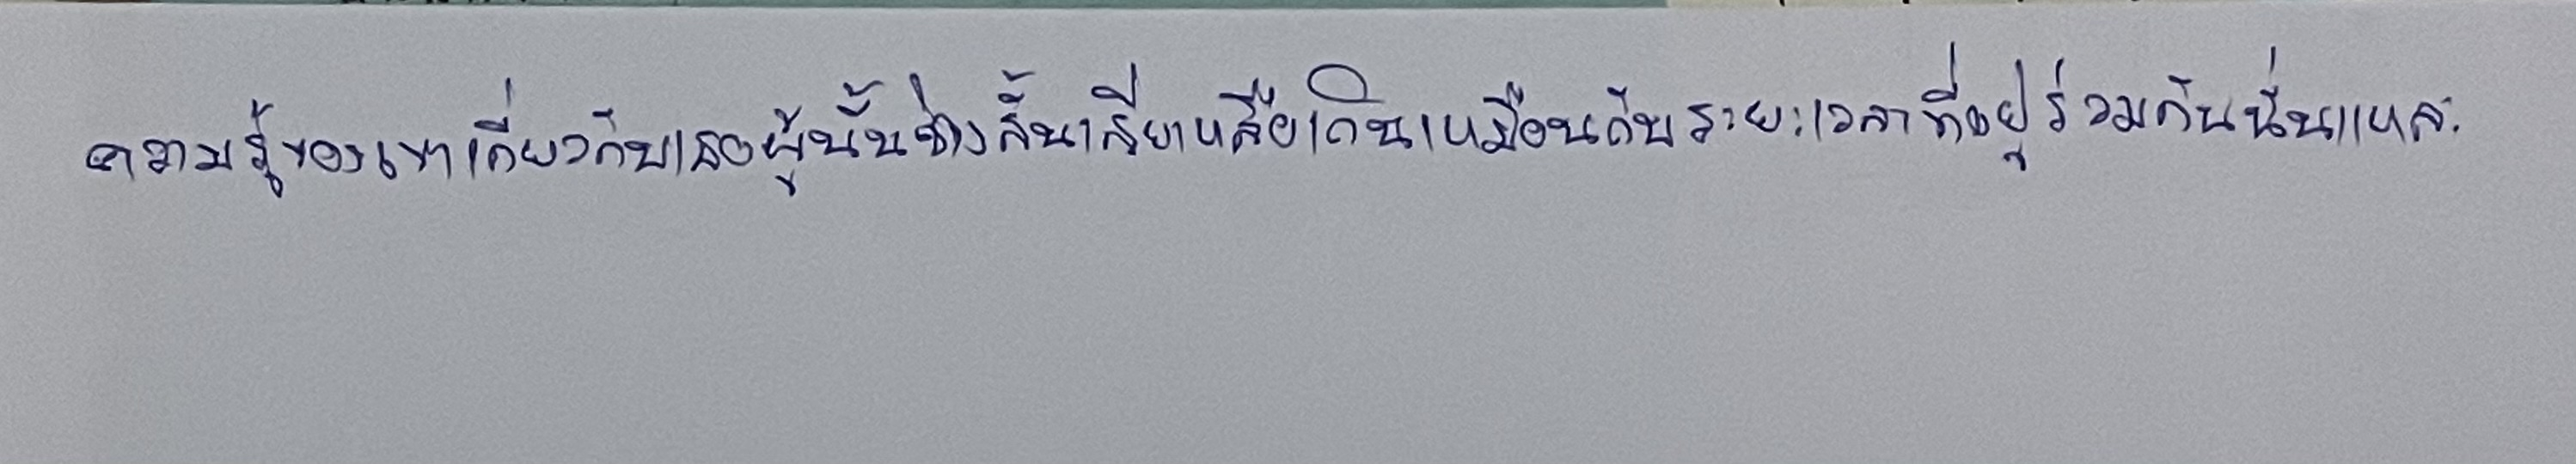
ความรู้ของเขาเกี่ยวกับเธอผู้นั้นช่างสั้นเสียเหลือเกินเหมือนกับระยะเวลาที่อยู่ร่วมกันนั่นแหละ